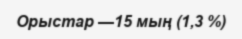
Орыстар —15 мың (1,3 %)